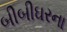
બીબીઘરના